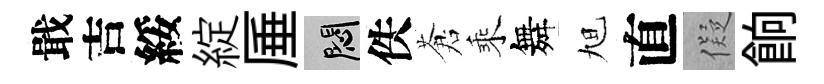
戢吉綏綻厜悶佚蒼乘舞旭直儗餉